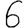
Digit: 6